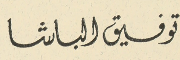
توفيق الباشا